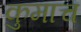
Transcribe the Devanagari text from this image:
कुमाच